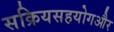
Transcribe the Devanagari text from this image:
सक्रियसहयोगऔर